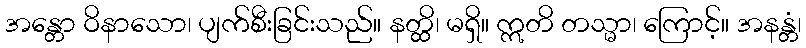
အန္တော ဝိနာသော၊ ပျက်စီးခြင်းသည်။ နတ္ထိ၊ မရှိ။ ဣတိ တသ္မာ၊ ကြောင့်။ အနန္တံ၊